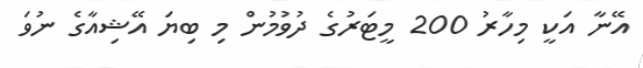
އޭނާ އަކީ މިހާރު 200 މީޓަރުގެ ދުވުމުން މި ބިޔަ އޭޝިއާގެ ނުވަ